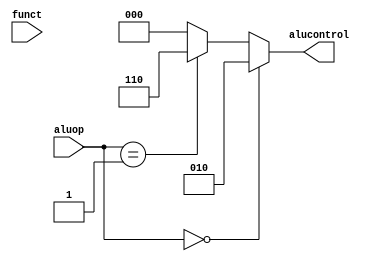
`timescale 1ns / 1ps
//////////////////////////////////////////////////////////////////////////////////
// Company: 
// Engineer: 
// 
// Design Name: 
// Module Name: alu_decoder
// Project Name: 
// Target Devices: 
// Tool Versions: 
// Description: 
// 
// Dependencies: 
// 
// Revision:
// Revision 0.01 - File Created
// Additional Comments:
// 
//////////////////////////////////////////////////////////////////////////////////


module alu_decoder(
    input wire [5:0] funct,
    input wire [1:0] aluop,
    output wire [2:0] alucontrol
    );
    
    assign alucontrol = (aluop == 2'b00)? 3'b010:
                        (aluop == 2'b01)? 3'b110:
                        (aluop == 2'b01)?
                                          (funct == 6'b100000)? 3'b010:
                                          (funct == 6'b100010)? 3'b110:
                                          (funct == 6'b100100)? 3'b000:
                                          (funct == 6'b100101)? 3'b001:
                                          (funct == 6'b101010)? 3'b111:
                                          3'b000: 3'b000;
endmodule